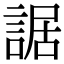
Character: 䛯